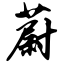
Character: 蔚